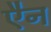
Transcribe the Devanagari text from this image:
एैन